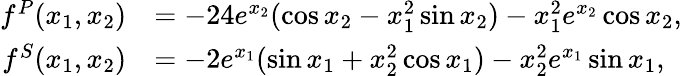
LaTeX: \begin{array}{rl}{f^{P}(x_{1},x_{2})}&{=-24e^{x_{2}}(\cos x_{2}-x_{1}^{2}\sin x_{2})-x_{1}^{2}e^{x_{2}}\cos x_{2},}\\ {f^{S}(x_{1},x_{2})}&{=-2e^{x_{1}}(\sin x_{1}+x_{2}^{2}\cos x_{1})-x_{2}^{2}e^{x_{1}}\sin x_{1},}\end{array}